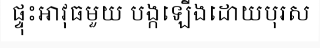
ផ្ទុះអាវុធមួយ បង្កឡើងដោយបុរស